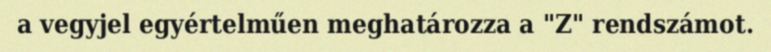
a vegyjel egyértelműen meghatározza a "Z" rendszámot.